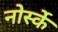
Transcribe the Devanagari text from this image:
नोर्स्के